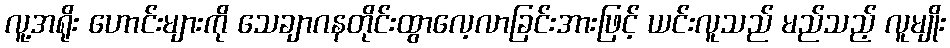
လူ့အရိုး ဟောင်းများကို သေချာဂနတိုင်းထွာလေ့လာခြင်းအားဖြင့် ယင်းလူသည် မည်သည့် လူမျိုး